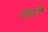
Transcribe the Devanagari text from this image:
जारै